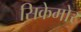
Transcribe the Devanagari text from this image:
सिकेमोर